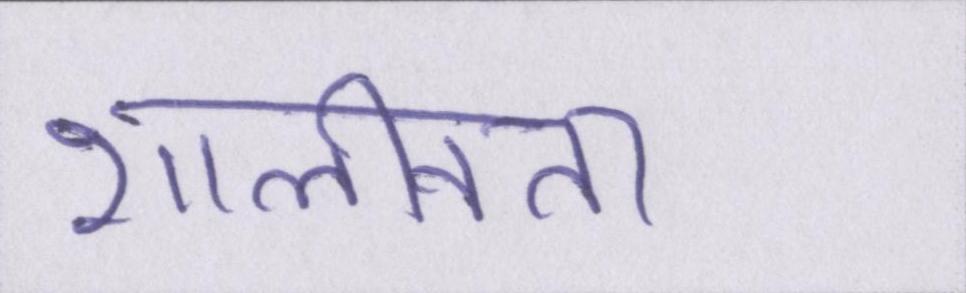
शालीनता